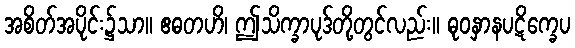
အစိတ်အပိုင်း၌သာ။ ဧဓတဟိ၊ ဤသိက္ခာပုဒ်တို့တွင်လည်း။ ဓုဝနှာနပဋိက္ခေပ